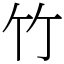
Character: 竹